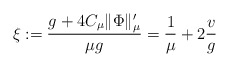
\begin{align*} \xi:=\frac{g+4C_\mu \lVert \Phi \rVert_\mu'}{\mu g }=\frac{1}{\mu}+2 \frac{v}{g}\end{align*}